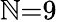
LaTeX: \mathbb{N}{=}9